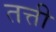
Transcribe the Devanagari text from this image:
तत्ती